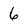
Character: 6